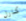
كارل